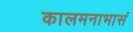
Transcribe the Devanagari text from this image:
कालमनाभासं